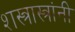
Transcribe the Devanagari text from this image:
शस्त्रास्त्रांनी